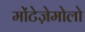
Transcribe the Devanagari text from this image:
मोंटेज़ेमोलो